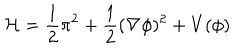
LaTeX: { \cal H } = \frac { 1 } { 2 } \pi ^ { 2 } + \frac { 1 } { 2 } ( \nabla \phi ) ^ { 2 } + V ( \phi )